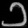
Digit: ၁